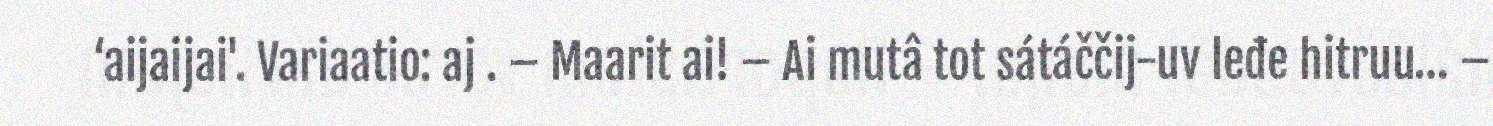
‘aijaijai'. Variaatio: aj . – Maarit ai! – Ai mutâ tot sátáččij-uv leđe hitruu… –